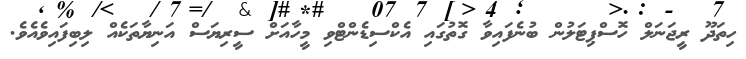
ހިތަދޫ ރީޖަނަލް ހޮސްޕިޓަލުން ބުނެފައިވާ ގޮތުގައި އެކްސިޑެންޓްވި މީހާއަށް ސީރިޔަސް އަނިޔާތަކެއް ލިބިފައިވެއެވެ.